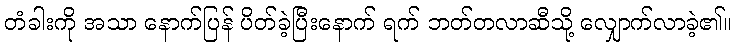
တံခါးကို အသာ နောက်ပြန် ပိတ်ခဲ့ပြီးနောက် ရက် ဘတ်တလာဆီသို့ လျှောက်လာခဲ့၏။